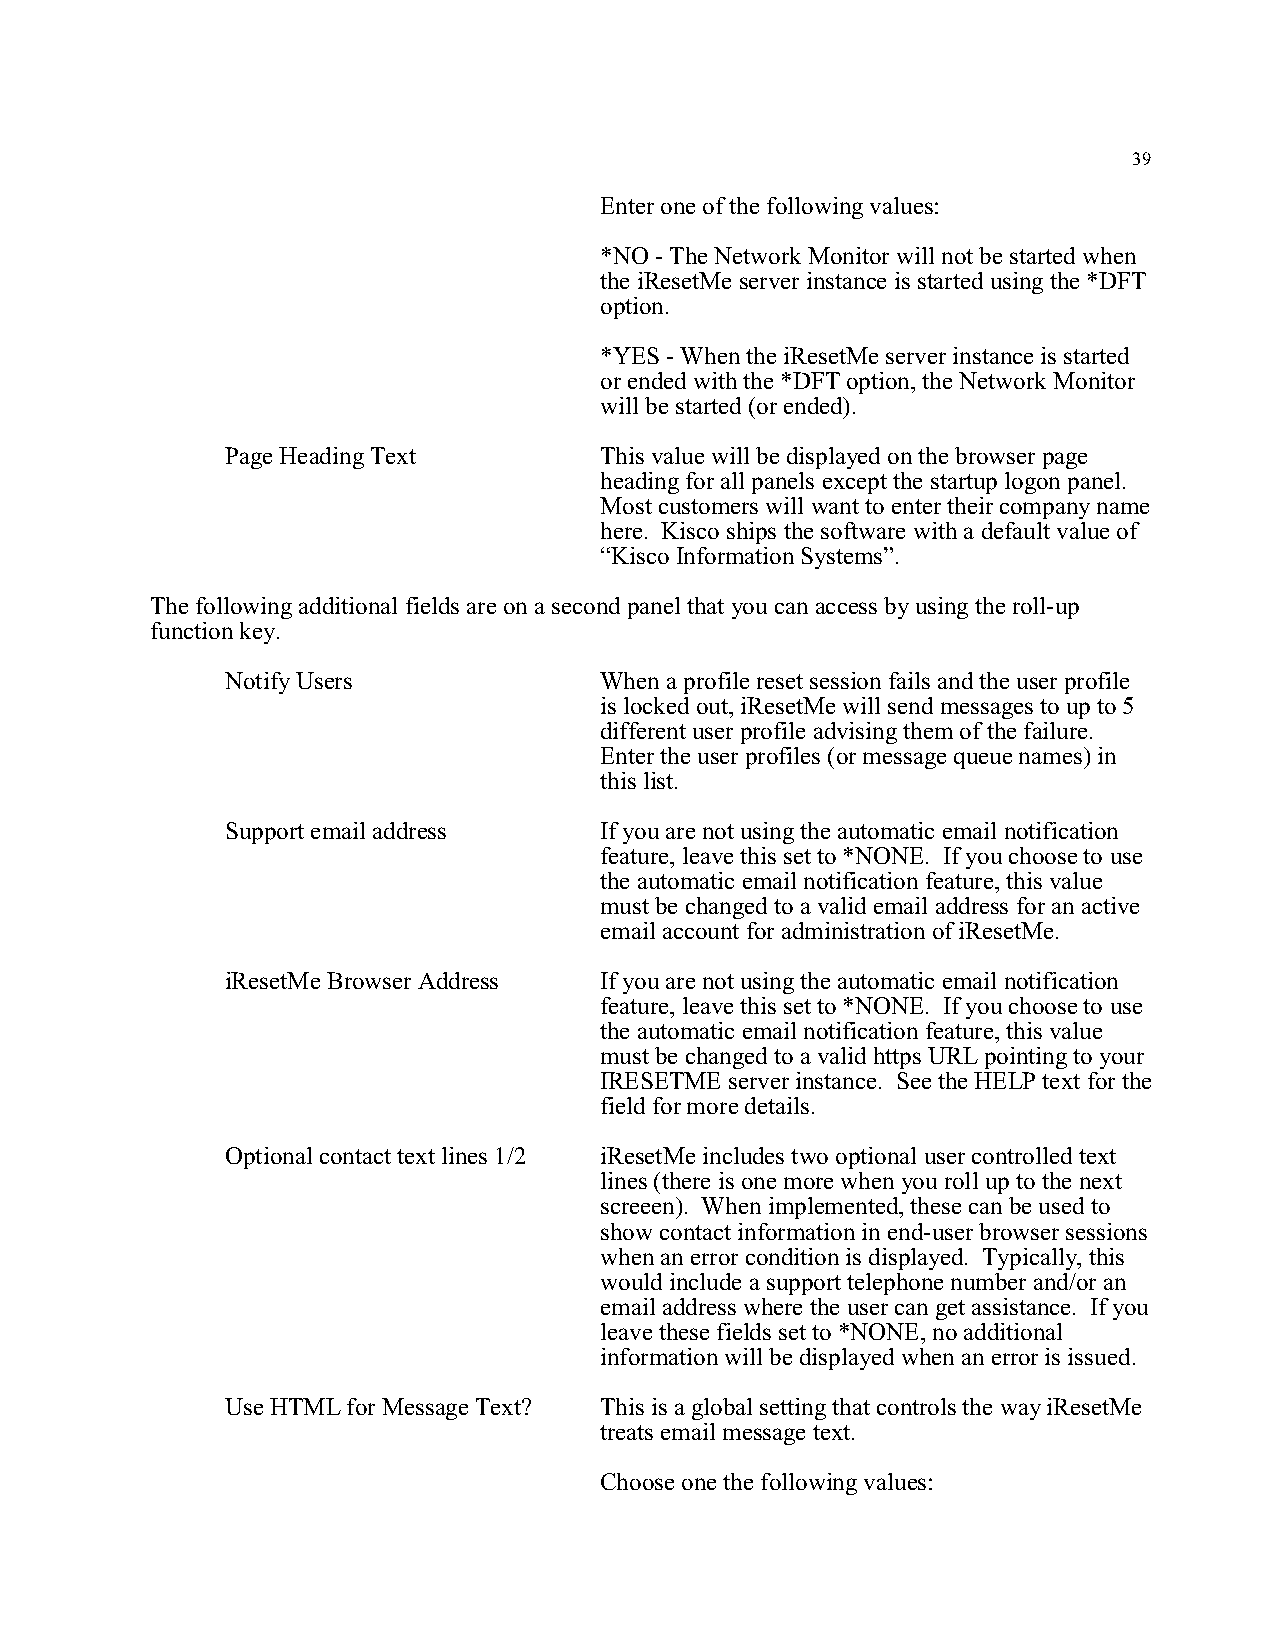
39
 Enter one of the following values:
 *NO - The Network Monitor will not be started when
 the iResetMe server instance is started using the *DFT
 option.
 *YES - When the iResetMe server instance is started
 or ended with the *DFT option, the Network Monitor
 will be started (or ended).
 Page Heading Text        This value will be displayed on the browser page
 heading for all panels except the startup logon panel.
 Most customers will want to enter their company name
 here. Kisco ships the software with a default value of
 “Kisco Information Systems”.
 The following additional fields are on a second panel that you can access by using the roll-up
 function key.
 Notify Users             When a profile reset session fails and the user profile
 is locked out, iResetMe will send messages to up to 5
 different user profile advising them of the failure.
 Enter the user profiles (or message queue names) in
 this list.
 Support email address    If you are not using the automatic email notification
 feature, leave this set to *NONE. If you choose to use
 the automatic email notification feature, this value
 must be changed to a valid email address for an active
 email account for administration of iResetMe.
 iResetMe Browser Address If you are not using the automatic email notification
 feature, leave this set to *NONE. If you choose to use
 the automatic email notification feature, this value
 must be changed to a valid https URL pointing to your
 IRESETME server instance. See the HELP text for the
 field for more details.
 Optional contact text lines 1/2 iResetMe includes two optional user controlled text
 lines (there is one more when you roll up to the next
 screeen). When implemented, these can be used to
 show contact information in end-user browser sessions
 when an error condition is displayed. Typically, this
 would include a support telephone number and/or an
 email address where the user can get assistance. If you
 leave these fields set to *NONE, no additional
 information will be displayed when an error is issued.
 Use HTML for Message Text? This is a global setting that controls the way iResetMe
 treats email message text.
 Choose one the following values: